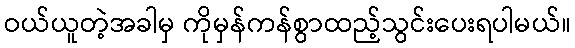
ဝယ်ယူတဲ့အခါမှ ကိုမှန်ကန်စွာထည့်သွင်းပေးရပါမယ်။